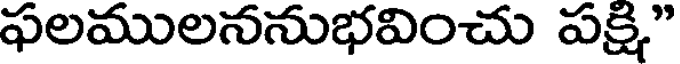
ఫలములననుభవించు పక్షి."